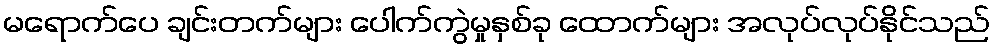
မရောက်ပေ ချင်းတက်များ ပေါက်ကွဲမှုနှစ်ခု ထောက်များ အလုပ်လုပ်နိုင်သည်